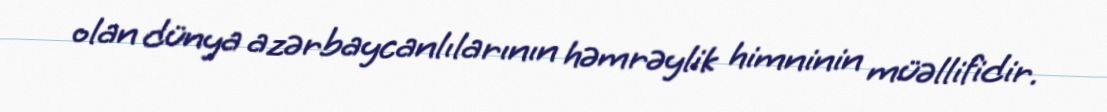
olan dünya azərbaycanlılarının həmrəylik himninin müəllifidir.